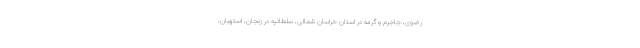
رضوی، جاجرم و گرمه در استان خراسان شمالی، سلطانیه در زنجان، استهبان،